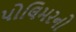
પોલિમરનો